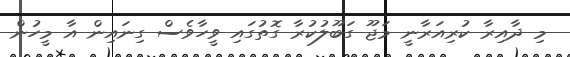
މި ދާއިރާ ކުރިއަރާނީ މަޖޫ ގަބޫލުކުރާ ގޮތުގައި ވީހާވެސް ގިނައިން އާ މީހުން